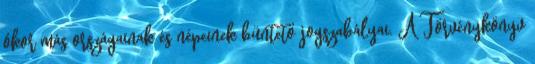
ókor más országainak és népeinek büntető jogszabályai. A Törvénykönyv